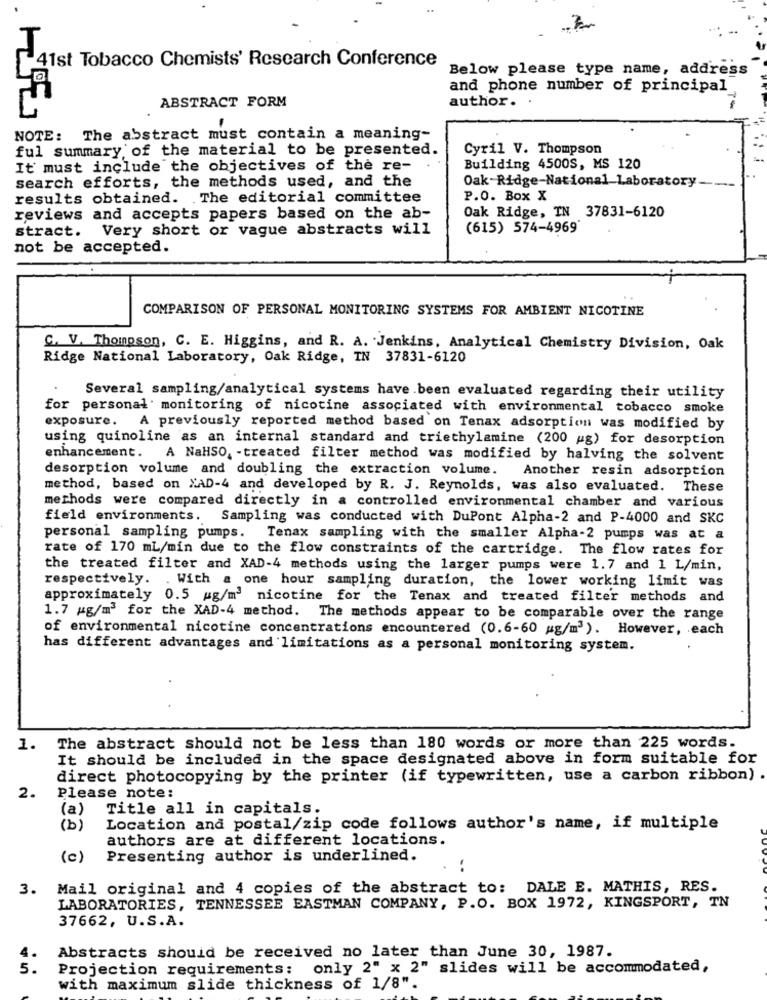
41st Tobacco Chemists' Research Conference
Below please type name, address
and phone number of principal
ABSTRACT FORM
author.
NOTE: The abstract must contain a meaning-
ful summary of the material to be presented.
Cyril V. Thompson
It must include the objectives of the re-
Building 4500S, MS 120
search efforts, the methods used, and the
Oak Ridge-National Laboratory ---
results obtained. The editorial committee
P.O. Box X
reviews and accepts papers based on the ab-
Oak Ridge, TN 37831-6120
stract. Very short or vague abstracts will
(615) 574-4969
not be accepted.
COMPARISON OF PERSONAL MONITORING SYSTEMS FOR AMBIENT NICOTINE
C. V. Thompson, C. E. Higgins, and R. A. Jenkins, Analytical Chemistry Division, Oak
Ridge National Laboratory, Oak Ridge, IN 37831-6120
Several sampling/analytical systems have been evaluated regarding their utility
for personal monitoring of nicotine associated with environmental tobacco smoke
exposure. A previously reported method based on Tenax adsorption was modified by
using quinoline as an internal standard and triethylamine (200 g) for desorption
enhancement. A NaHSO, - treated filter method was modified by halving the solvent
desorption volume and doubling the extraction volume.
Another resin adsorption
method, based on XAD-4 and developed by R. J. Reynolds, was also evaluated. These
methods were compared directly in a controlled environmental chamber and various
field environments. Sampling was conducted with DuPont Alpha-2 and P-4000 and SKC
personal sampling pumps. Tenax sampling with the smaller Alpha-2 pumps was at a
rate of 170 mL/min due to the flow constraints of the cartridge. The flow rates for
the treated filter and XAD-4 methods using the larger pumps were 1.7 and 1 L/min,
respectively. . With a one hour sampling duration, the lower working limit was
approximately 0.5 g/m3 nicotine for the Tenax and treated filter methods and
1.7 g/m3 for the XAD-4 method. The methods appear to be comparable over the range
of environmental nicotine concentrations encountered (0.6-60 g/m3). However, each
has different advantages and limitations as a personal monitoring system.
1. The abstract should not be less than 180 words or more than 225 words.
It should be included in the space designated above in form suitable for
direct photocopying by the printer (if typewritten, use a carbon ribbon)
2.
Please note:
(a)
Title all in capitals.
(b)
Location and postal/zip code follows author's name, if multiple
authors are at different locations.
(c)
Presenting author is underlined.
3.
Mail original and 4 copies of the abstract to: DALE E. MATHIS, RES.
LABORATORIES, TENNESSEE EASTMAN COMPANY, P.O. BOX 1972, KINGSPORT, TN
37662, U.S.A.
Abstracts should be received no later than June 30, 1987.
4.
5.
Projection requirements: only 2" x 2" slides will be accommodated,
with maximum slide thickness of 1/8".